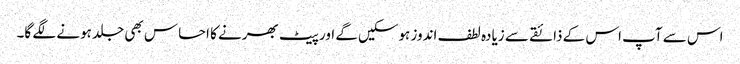
اس سے آپ اس کے ذائقے سے زیادہ لطف اندوز ہوسکیں گے اور پیٹ بھرنے کا احساس بھی جلد ہونے لگے گا۔